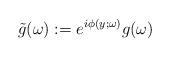
LaTeX: \begin{align*} \tilde{g}(\omega) := e^{i \phi(y;\omega)}g(\omega)\end{align*}